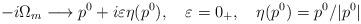
LaTeX: \begin{align*}-i\Omega_m \longrightarrow p^0 + i\varepsilon \eta(p^0), \ \ \ \varepsilon =0_+,\ \ \ \eta(p^0)=p^0/|p^0|\end{align*}